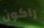
راكون